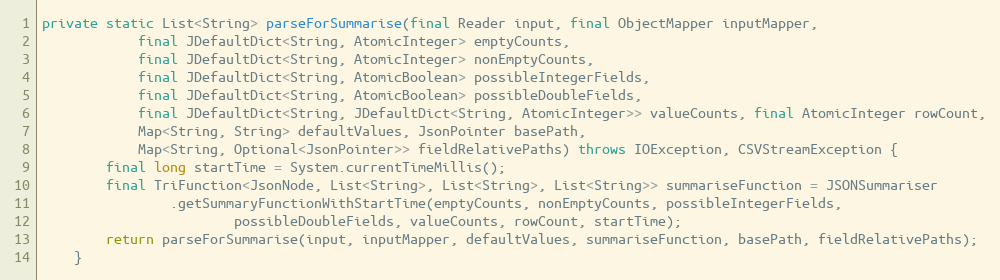
Language: Java
private static List<String> parseForSummarise(final Reader input, final ObjectMapper inputMapper,
			final JDefaultDict<String, AtomicInteger> emptyCounts,
			final JDefaultDict<String, AtomicInteger> nonEmptyCounts,
			final JDefaultDict<String, AtomicBoolean> possibleIntegerFields,
			final JDefaultDict<String, AtomicBoolean> possibleDoubleFields,
			final JDefaultDict<String, JDefaultDict<String, AtomicInteger>> valueCounts, final AtomicInteger rowCount,
			Map<String, String> defaultValues, JsonPointer basePath,
			Map<String, Optional<JsonPointer>> fieldRelativePaths) throws IOException, CSVStreamException {
		final long startTime = System.currentTimeMillis();
		final TriFunction<JsonNode, List<String>, List<String>, List<String>> summariseFunction = JSONSummariser
				.getSummaryFunctionWithStartTime(emptyCounts, nonEmptyCounts, possibleIntegerFields,
						possibleDoubleFields, valueCounts, rowCount, startTime);
		return parseForSummarise(input, inputMapper, defaultValues, summariseFunction, basePath, fieldRelativePaths);
	}